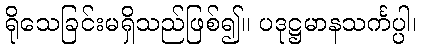
ရိုသေခြင်းမရှိသည်ဖြစ်၍။ ပဒုဋ္ဌမာနသင်္ကပ္ပါ၊